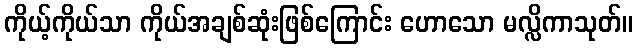
ကိုယ့်ကိုယ်သာ ကိုယ်အချစ်ဆုံးဖြစ်ကြောင်း ဟောသော မလ္လိကာသုတ်။